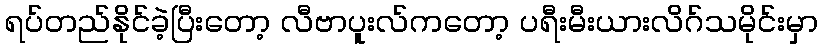
ရပ်တည်နိုင်ခဲ့ပြီးတော့ လီဗာပူးလ်ကတော့ ပရီးမီးယားလိဂ်သမိုင်းမှာ